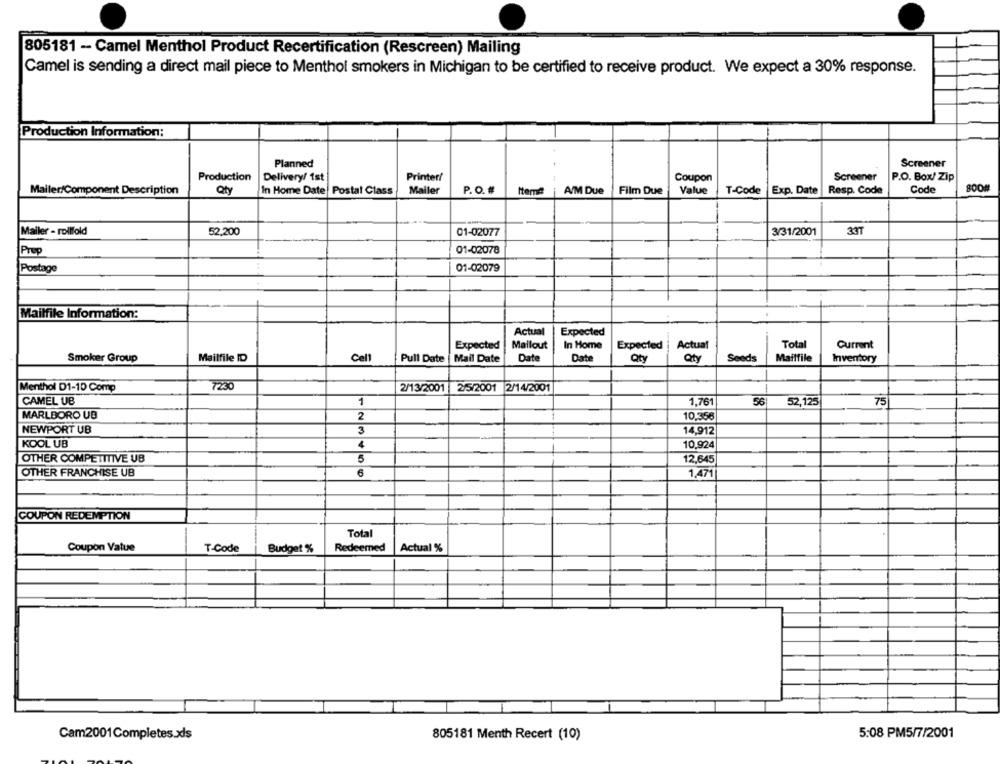
805181 - Camel Menthol Product Recertification (Rescreen) Mailing
Camel is sending a direct mail piece to Menthol smokers in Michigan to be certified to receive product. We expect a 30% response.
Production Information:
Planned
Screener
Screener
Production
Delivery/ 1st
Printer/
Coupon
P.O. Box/ Zip
Mailer/Component Description
Qty
In Home Date| Postal Class
Mailer
P. O.
A/M Due
Film Due
Value
T-Code
Exp. Date |Resp. Code
Code
33T
Mailer - rollfold
52,200
01-02077
3/31/2001
Prep
01-02078
01-02079
Postage
Mailfile Information:
Actual
Expected
Expected
Mailout
In Home
Expected
Actual
Total
Current
Smoker Group
Mailfile ID
Cell
Pull Date
Mail Date
Date
Date
Qty
Qty
Seeds
Mailfile
Inventory
Menthol D1-10 Comp
7230
2/13/2001
2/5/2001 2/14/2001
CAMEL UB
1
1,761
56
52,125
75
MARLBORO UB
2
10,356
NEWPORT UB
3
14,912
KOOL UB
4
10,924
OTHER COMPETITIVE UB
12.645
5
OTHER FRANCHISE UB
6
1,471
COUPON REDEMPTION
Total
Coupon Value
T-Code
Budget %
Redeemed
Actual %
5:08 PM5/7/2001
Cam2001Completes.xls
805181 Menth Recert (10)